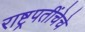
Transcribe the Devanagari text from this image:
राष्ट्रपतींचेचे